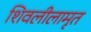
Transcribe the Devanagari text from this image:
शिवलीलामृत